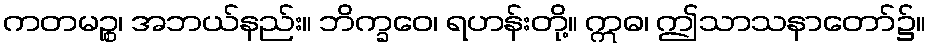
ကတမဉ္စ၊ အဘယ်နည်း။ ဘိက္ခဝေ၊ ရဟန်းတို့။ ဣဓ၊ ဤသာသနာတော်၌။